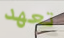
تعهد